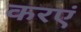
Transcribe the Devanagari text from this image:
करएं